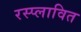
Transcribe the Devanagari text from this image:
रस्प्लावित